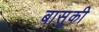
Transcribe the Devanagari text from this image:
बासुकी